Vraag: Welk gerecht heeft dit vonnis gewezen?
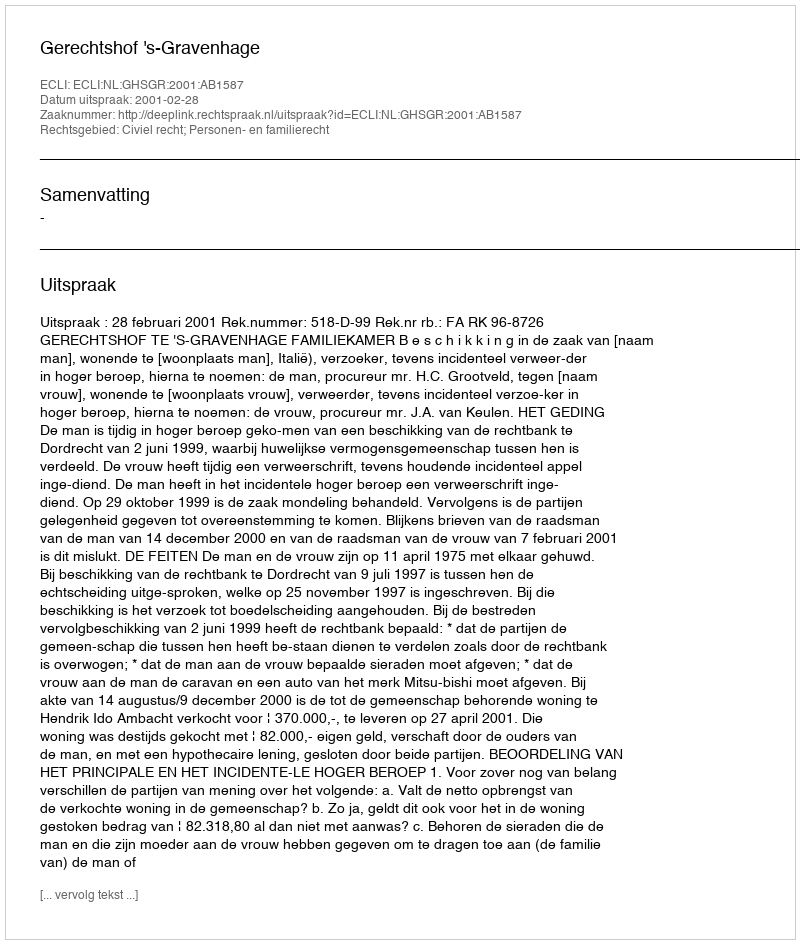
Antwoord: Gerechtshof 's-Gravenhage